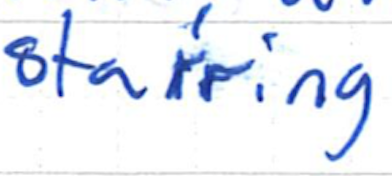
Text: starring
Cross-out: clean
Writing tool: ballpoint